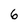
Character: 6